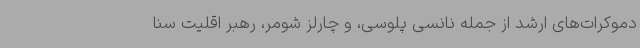
دموکرات‌های ارشد از جمله نانسی پلوسی، و چارلز شومر، رهبر اقلیت سنا